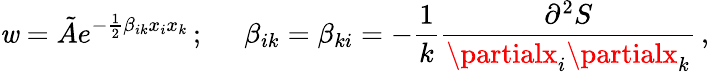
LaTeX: \mathit{w}={\tilde{{A}}}e^{-{\frac{{1}}{{2}}}\beta_{ik}x_{i}x_{k}}\, ;\; \; \; \; \ \beta_{ik}=\beta_{ki}=-{\frac{{1}}{{k}}}{\frac{{\partial^{2}S}}{{\partialx_{i}\partialx_{k}}}}\, ,